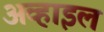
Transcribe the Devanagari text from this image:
अव्हाइल